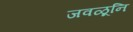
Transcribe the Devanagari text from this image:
जवळूनि